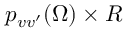
p _ { v v ^ { \prime } } ( \Omega ) \times R